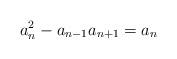
LaTeX: \begin{align*} a_n^2 - a_{n - 1} a_{n + 1} = a_n \end{align*}